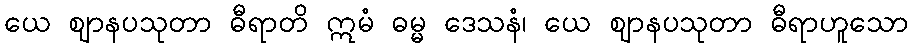
ယေ ဈာနပသုတာ ဓီရာတိ ဣမံ ဓမ္မ ဒေသနံ၊ ယေ ဈာနပသုတာ ဓီရာဟူသော